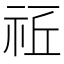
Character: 𥙠